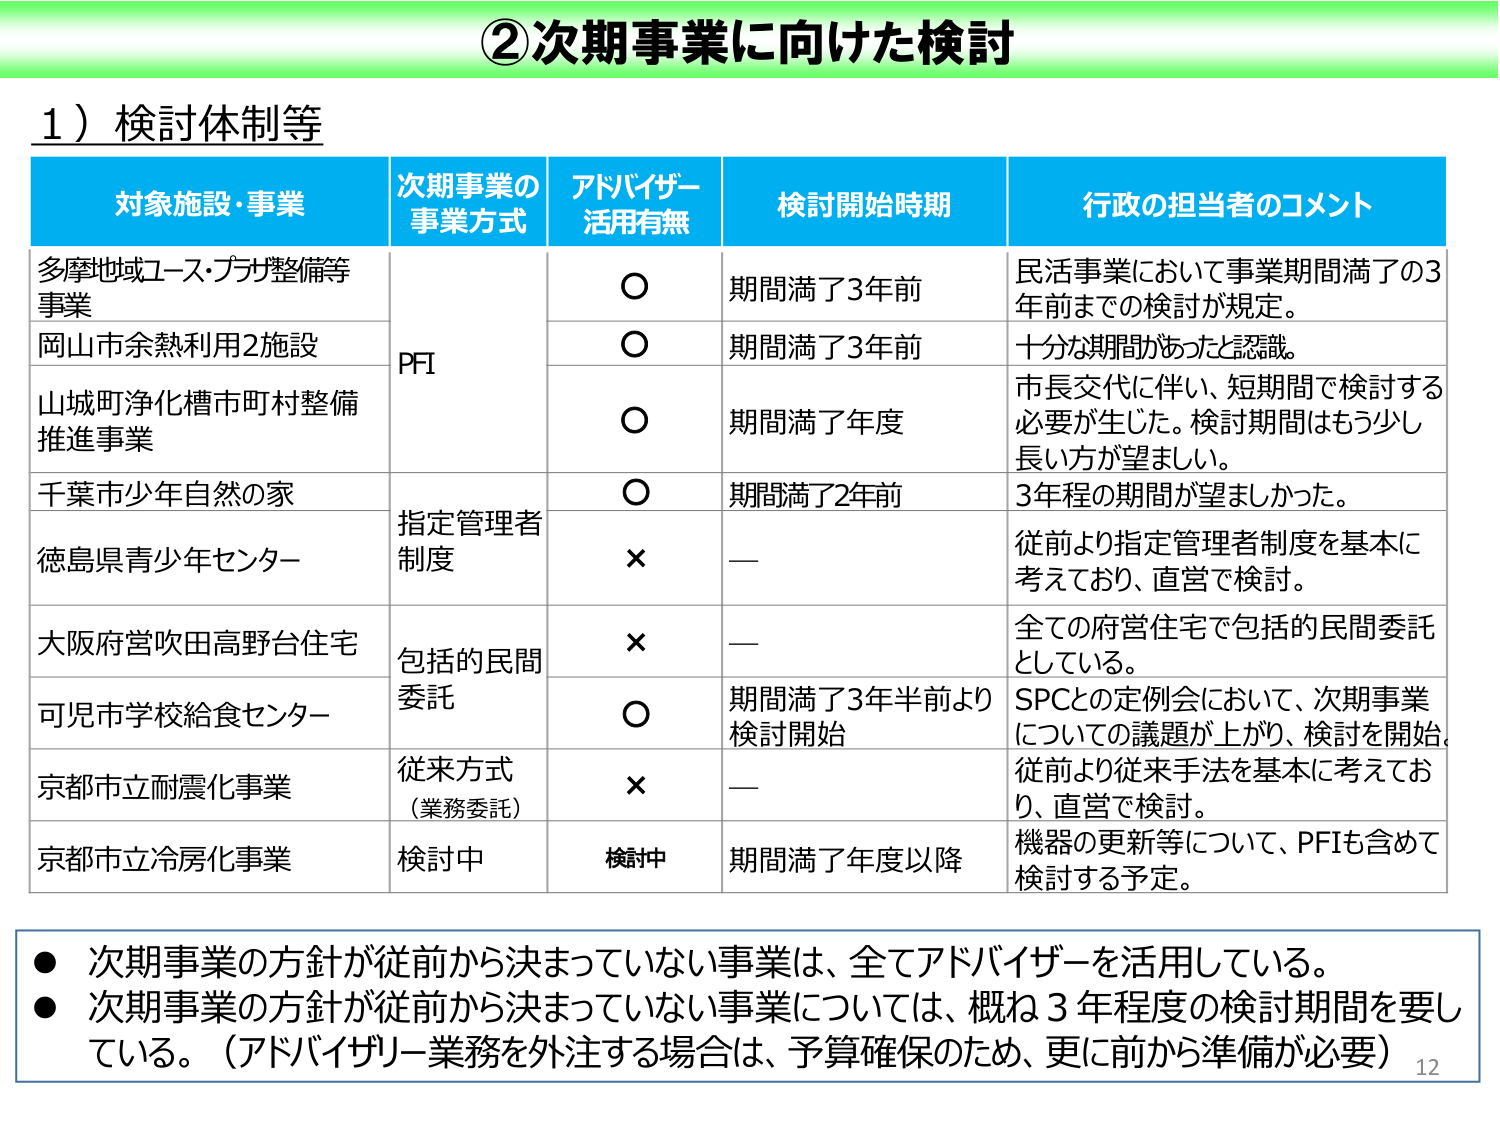
②次期事業に向けた検討

1）検討体制等

対象施設・事業　　　　　次期事業の事業方式　　　アドバイザー活用有無　　　検討開始時期　　　行政の担当者のコメント

多摩地域ユース・プラザ整備等事業　　　　　　　　　　　PFI　　　　　　　○　　　　　期間満了3年前　　　民活事業において事業期間満了の3年前までの検討が規定。

岡山市余熱利用2施設　　　　　　　　　　　　　　　　　　　　　　　　　　○　　　　　期間満了3年前　　　十分な期間があったと認識。

山城町浄化槽市町村整備推進事業　　　　　　　　　　　　　　　　　　　　○　　　　　期間満了年度　　　市長交代に伴い、短期間で検討する必要が生じた。検討期間はもう少し長い方が望ましい。

千葉市少年自然の家　　　　　　　　　　　指定管理者制度　　　　　　　　○　　　　　期間満了2年前　　　3年程の期間が望ましかった。

徳島県青少年センター　　　　　　　　　　　　　　　　　　　　　　　　　　×　　　　　ー　　　　　　　　従前より指定管理者制度を基本に考えており、直営で検討。

大阪府営吹田高野台住宅　　　　　　　　包括的民間委託　　　　　　　　×　　　　　ー　　　　　　　　全ての府営住宅で包括的民間委託としている。

可児市学校給食センター　　　　　　　　　　　　　　　　　　　　　　　　○　　　　　期間満了3年半前より検討開始　　　SPCとの定例会において、次期事業についての議題が上がり、検討を開始。

京都市立耐震化事業　　　　　　　　　　従来方式（業務委託）　　　　　×　　　　　ー　　　　　　　　従前より従来手法を基本に考えており、直営で検討。

京都市立冷房化事業　　　　　　　　　　検討中　　　　　　　　　　　　検討中　　　期間満了年度以降　　　機器の更新等について、PFIも含めて検討する予定。

● 次期事業の方針が従前から決まっていない事業は、全てアドバイザーを活用している。
● 次期事業の方針が従前から決まっていない事業については、概ね3年程度の検討期間を要している。（アドバイザリー業務を外注する場合は、予算確保のため、更に前から準備が必要）

12